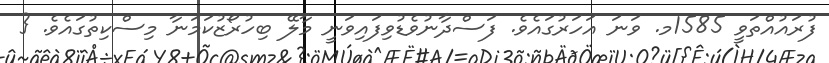
ފުރައުއްތަވީ 1585މ. ވަނަ އަހަރުގައެވެ. ފަސްދާނުވެޑުވިފައިވަނީ މާލޭ ބިހުރޯޒުކަމަނާ މިސްކިތުގައެވެ. {